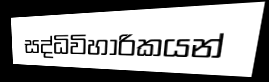
සද්ධිවිහාරිකයන්